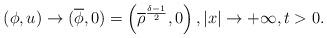
LaTeX: \begin{align*}(\phi,u)\rightarrow (\overline{\phi},0)=\left(\overline{\rho}^{\frac{\delta-1}{2}},0\right), |x|\rightarrow +\infty,t>0.\end{align*}